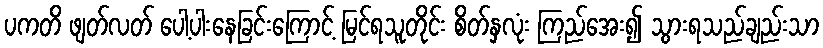
ပကတိ ဖျတ်လတ် ပေါ့ပါးနေခြင်းကြောင့် မြင်ရသူတိုင်း စိတ်နှလုံး ကြည်အေး၍ သွားရသည်ချည်းသာ